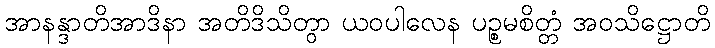
အာနန္ဒာတိအာဒိနာ အတိဒိသိတွာ ယဝပါလေန ပဉ္စမစိတ္တံ အဝသိဋ္ဌောတိ